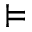
\vDash